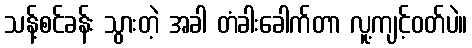
သန့်စင်ခန်း သွားတဲ့ အခါ တံခါးခေါက်တာ လူ့ကျင့်ဝတ်ပဲ။